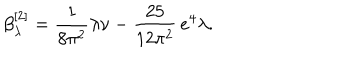
\beta _ { \lambda } ^ { [ 2 ] } = \frac { 1 } { 8 \pi ^ { 2 } } \lambda \nu - \frac { 2 5 } { 1 2 \pi ^ { 2 } } \, e ^ { 4 } \lambda .